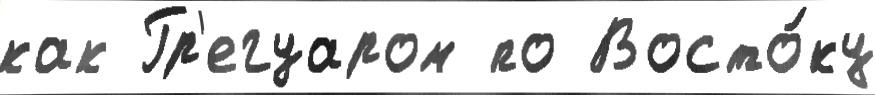
как Гр'егуаром по Восто́ку